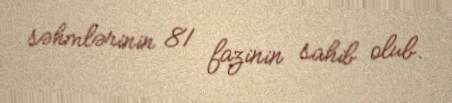
səhmlərinin 81 fazinin sahib olub.